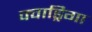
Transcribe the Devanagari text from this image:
क्वाड्रिगा